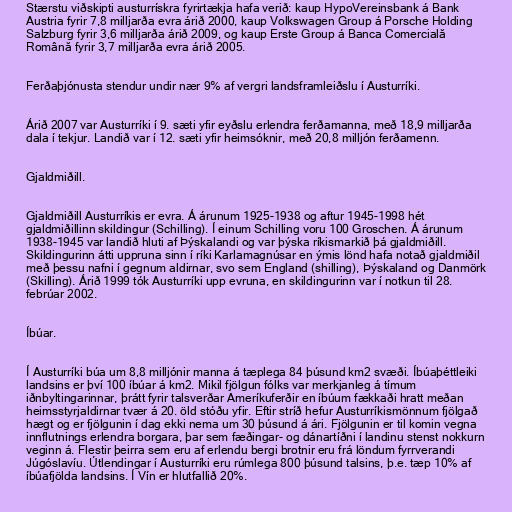
Stærstu viðskipti austurrískra fyrirtækja hafa verið: kaup HypoVereinsbank á Bank
Austria fyrir 7,8 milljarða evra árið 2000, kaup Volkswagen Group á Porsche Holding
Salzburg fyrir 3,6 milljarða árið 2009, og kaup Erste Group á Banca Comercială
Română fyrir 3,7 milljarða evra árið 2005.

Ferðaþjónusta stendur undir nær 9% af vergri landsframleiðslu í Austurríki.

Árið 2007 var Austurríki í 9. sæti yfir eyðslu erlendra ferðamanna, með 18,9 milljarða
dala í tekjur. Landið var í 12. sæti yfir heimsóknir, með 20,8 milljón ferðamenn.

Gjaldmiðill.

Gjaldmiðill Austurríkis er evra. Á árunum 1925-1938 og aftur 1945-1998 hét
gjaldmiðillinn skildingur (Schilling). Í einum Schilling voru 100 Groschen. Á árunum
1938-1945 var landið hluti af Þýskalandi og var þýska ríkismarkið þá gjaldmiðill.
Skildingurinn átti uppruna sinn í ríki Karlamagnúsar en ýmis lönd hafa notað gjaldmiðil
með þessu nafni í gegnum aldirnar, svo sem England (shilling), Þýskaland og Danmörk
(Skilling). Árið 1999 tók Austurríki upp evruna, en skildingurinn var í notkun til 28.
febrúar 2002.

Íbúar.

Í Austurríki búa um 8,8 milljónir manna á tæplega 84 þúsund km2 svæði. Íbúaþéttleiki
landsins er því 100 íbúar á km2. Mikil fjölgun fólks var merkjanleg á tímum
iðnbyltingarinnar, þrátt fyrir talsverðar Ameríkuferðir en íbúum fækkaði hratt meðan
heimsstyrjaldirnar tvær á 20. öld stóðu yfir. Eftir stríð hefur Austurríkismönnum fjölgað
hægt og er fjölgunin í dag ekki nema um 30 þúsund á ári. Fjölgunin er til komin vegna
innflutnings erlendra borgara, þar sem fæðingar- og dánartíðni í landinu stenst nokkurn
veginn á. Flestir þeirra sem eru af erlendu bergi brotnir eru frá löndum fyrrverandi
Júgóslavíu. Útlendingar í Austurríki eru rúmlega 800 þúsund talsins, þ.e. tæp 10% af
íbúafjölda landsins. Í Vín er hlutfallið 20%.